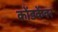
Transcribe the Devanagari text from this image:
कोंडकेंवर